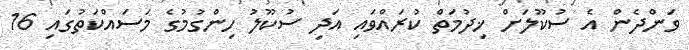
ވަންދެން އެ ސުކޫލަށް ޚިދުމަތް ކުރައްވައި އަދި ސުކޫލު ހިންގުމުގެ މަސައްކަތުގައި 16